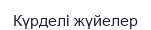
Күрделі жүйелер